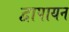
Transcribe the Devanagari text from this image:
द्वापायन